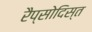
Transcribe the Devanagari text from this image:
रैप्सोदिस्त